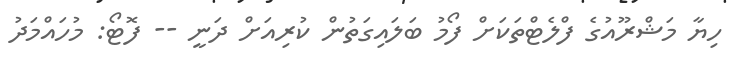
ހިޔާ މަޝްރޫއުގެ ފްލެޓްތަކަށް ފޯމު ބަލައިގަތުން ކުރިއަށް ދަނީ -- ފޮޓޯ: މުހައްމަދު